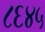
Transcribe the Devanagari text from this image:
८६४५